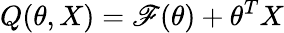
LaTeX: Q(\theta,X)=\mathscr{F}(\theta)+\theta^{T}X